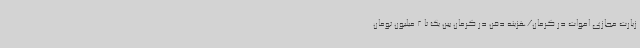
زیارت مجازی اموات در کرمان/هزینه دفن در کرمان بین یک تا 2 میلیون تومان